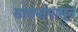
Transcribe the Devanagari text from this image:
साधनांपासून